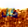
كل